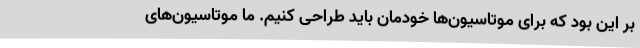
بر این بود که برای موتاسیون‌ها خودمان باید طراحی کنیم. ما موتاسیون‌های